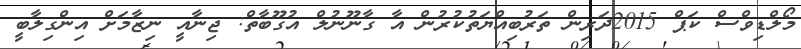
މޯލްޑިވްސް ކަޕް 2015ދަރިން ތަރުބިއްޔަތުކުރުން އާ ގާނޫނުލް އުގޫބާތް: ޖިނާއީ ނިޒާމަށް އިންގިލާބީ